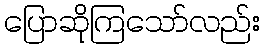
ပြောဆိုကြသော်လည်း